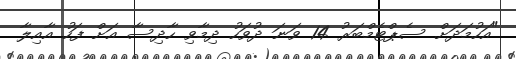
"އަހުމަދަށް ސެޕްޓެމްބަރު 14 ވަނަ ދުވަހު ދިމާވި ހާދިސާ އަށް ފަހު އާއިލާ